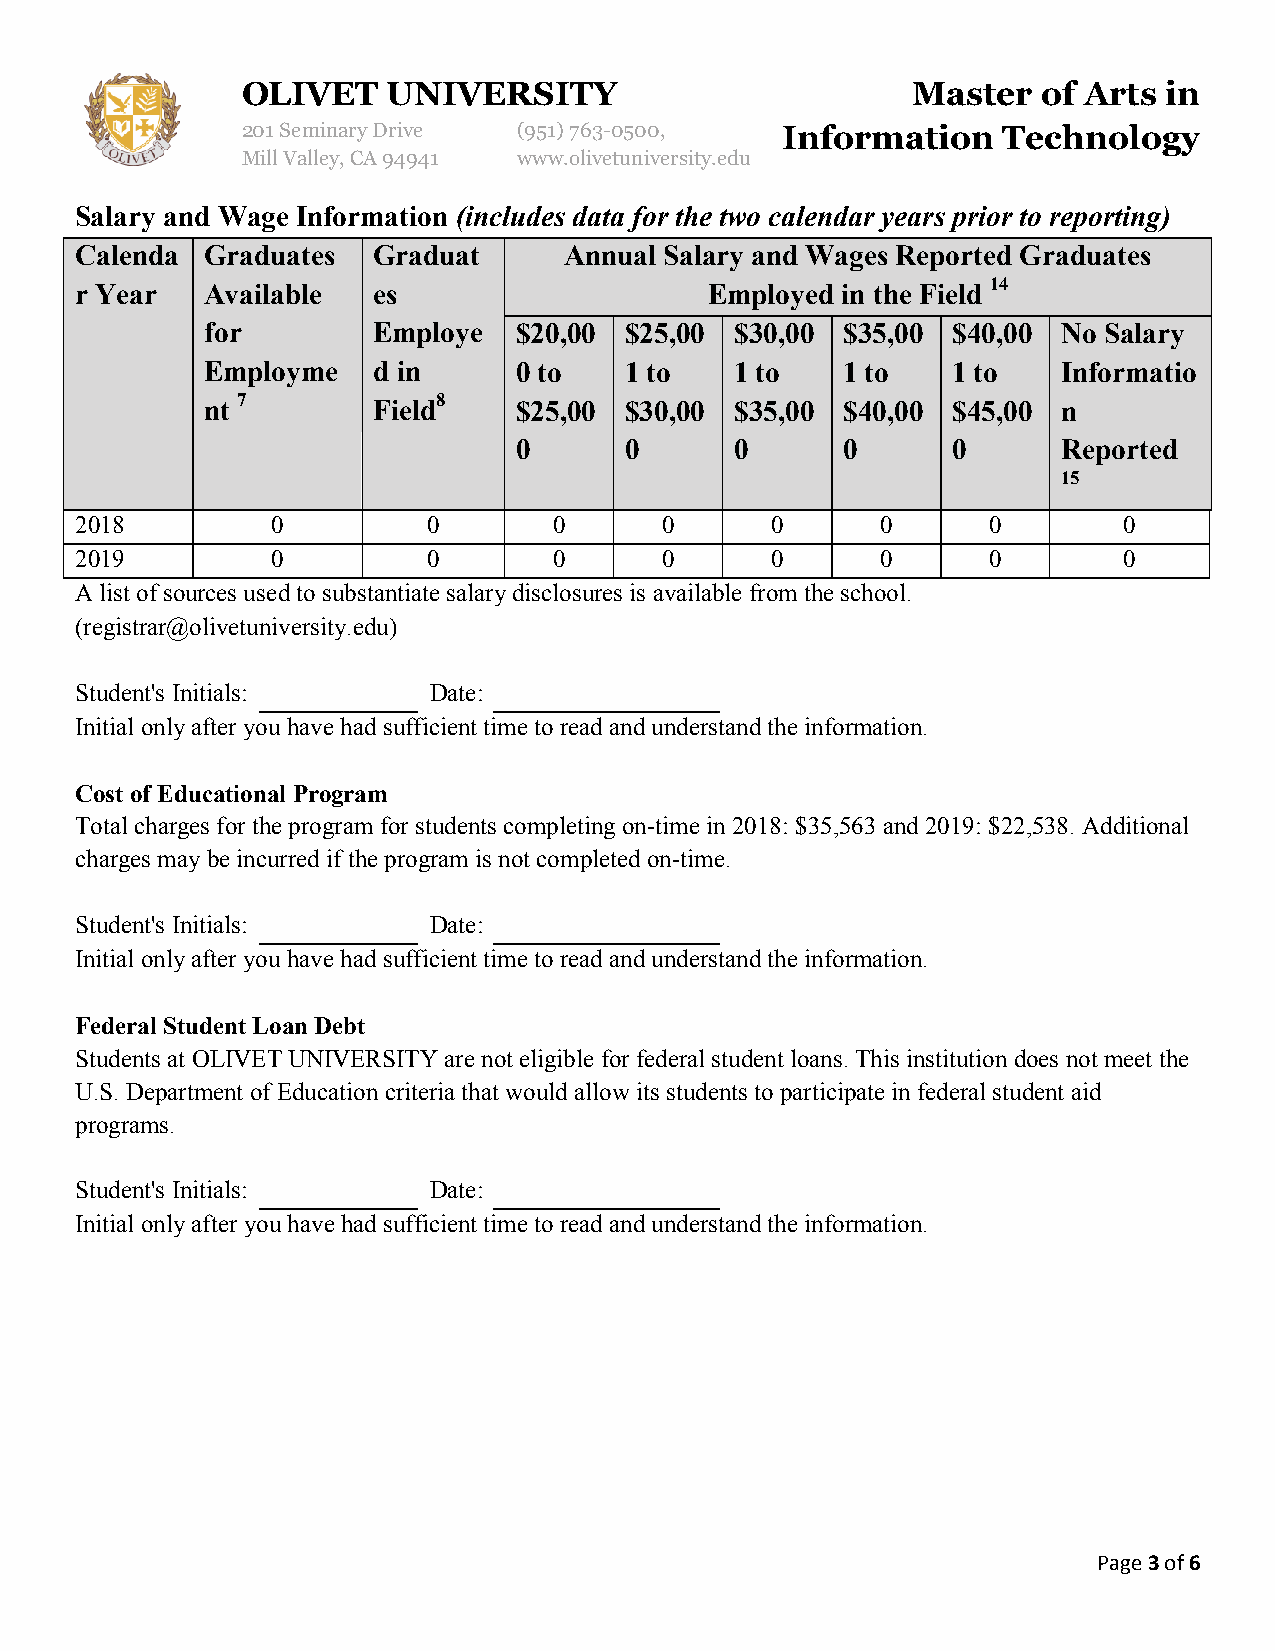
OLIVET    UNIVERSITY                        Master   of Arts in
 201 Seminary Drive (951) 763-0500,  Information   Technology
 Mill Valley, CA 94941 www.olivetuniversity.edu
 Salary and Wage Information (includes data for the two calendar years prior to reporting)
 Calenda  Graduates  Graduat     Annual Salary and Wages Reported Graduates
 r Year   Available  es                    Employed in the Field 14
 for        Employe  $20,00 $25,00  $30,00 $35,00 $40,00 No Salary
 Employme   d in     0 to   1 to    1 to   1 to   1 to   Informatio
 nt 7       Field8   $25,00 $30,00  $35,00 $40,00 $45,00 n
 0      0       0      0      0      Reported
 15
 2018         0         0        0      0      0      0      0        0
 2019         0         0        0      0      0      0      0        0
 A list of sources used to substantiate salary disclosures is available from the school.
 (registrar@olivetuniversity.edu)
 Student's Initials:    Date:
 Initial only after you have had sufficient time to read and understand the information.
 Cost of Educational Program
 Total charges for the program for students completing on-time in 2018: $35,563 and 2019: $22,538. Additional
 charges may be incurred if the program is not completed on-time.
 Student's Initials:    Date:
 Initial only after you have had sufficient time to read and understand the information.
 Federal Student Loan Debt
 Students at OLIVET UNIVERSITY are not eligible for federal student loans. This institution does not meet the
 U.S. Department of Education criteria that would allow its students to participate in federal student aid
 programs.
 Student's Initials:    Date:
 Initial only after you have had sufficient time to read and understand the information.
 Page 3 of 6